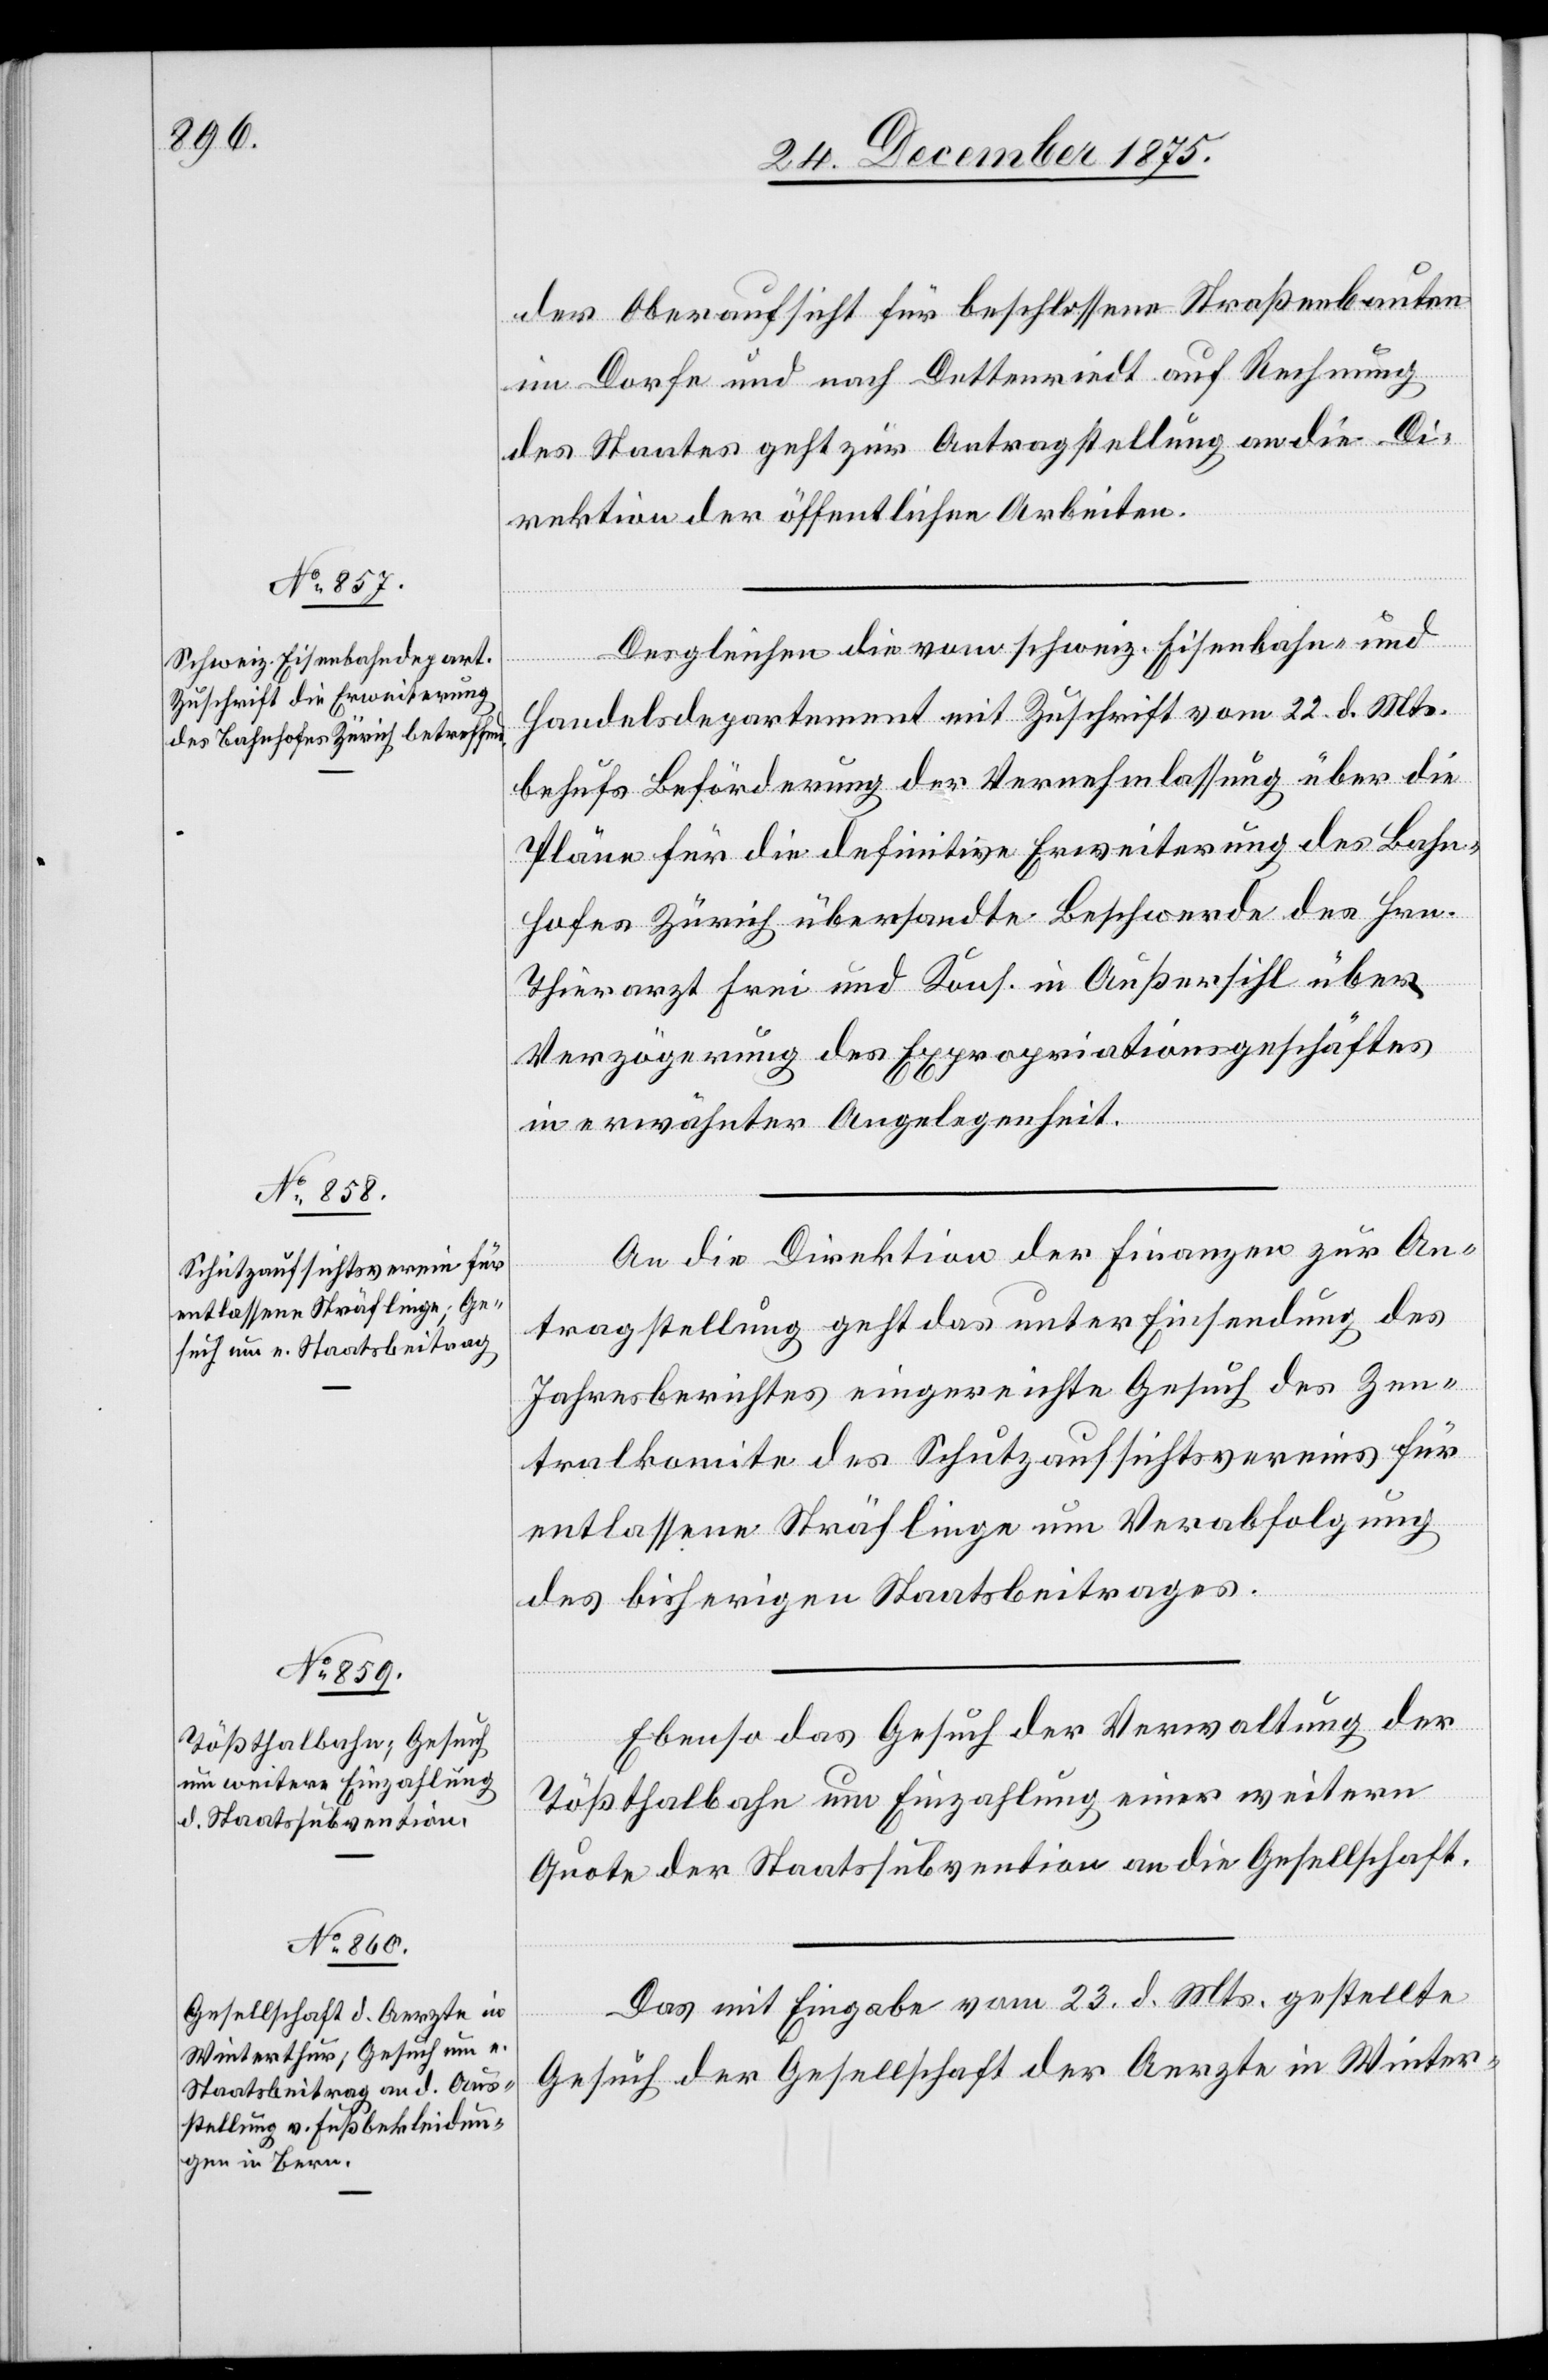
27. December 1875.]
der Oberaufsicht für beschlossene Straßenbauten
im Dorfe und nach Dettenriedt auf Rechnung
des Staates geht zur Antragstellung an die Di¬
rektion der öffentlichen Arbeiten.
Desgleichen die vom schweiz. Eisenbahn- und
Handelsdepartement mit Zuschrift vom 22. d. Mts.
behufs Beförderung der Vernehmlassung über die
Pläne für die definitive Erweiterung des Bahn¬
hofes Zürich übersandte Beschwerde des Hrn.
Thierarzt Frei und Kons. in Außersihl über
Verzögerung des Expropriationsgeschäftes
in erwähnter Angelegenheit.
An die Direktion der Finanzen zur An¬
tragstellung geht das unter Einsendung des
Jahresberichtes eingereichte Gesuch des Zen¬
tralkomite des Schutzaufsichtsvereins für
entlassene Sträflinge um Verabfolgung
des bisherigen Staatsbeitrages.
Ebenso das Gesuch der Verwaltung der
Tößthalbahn um Einzahlung einer weitern
Quote der Staatssubvention an die Gesellschaft.
Das mit Eingabe vom 23. d. Mts. gestellte
Gesuch der Gesellschaft der Aerzte in Winter-